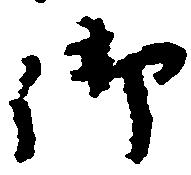
御